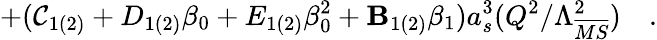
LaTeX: +(\mathcal{C}_{1(2)}+D_{1(2)}\beta_{0}+E_{1(2)}\beta_{0}^{2}+\mathbf{B}_{1(2)}\beta_{1})a_{s}^{3}(Q^{2}/\Lambda_{\overline{{{{MS}}}}}^{2})~~~~.